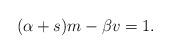
LaTeX: \begin{align*}(\alpha +s)m-\beta v=1.\end{align*}